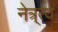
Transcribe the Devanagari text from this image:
नेत्र्त्व